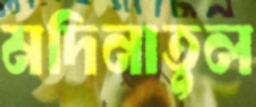
মদিনাতুল